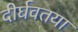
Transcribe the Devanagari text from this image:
दीर्घवतया